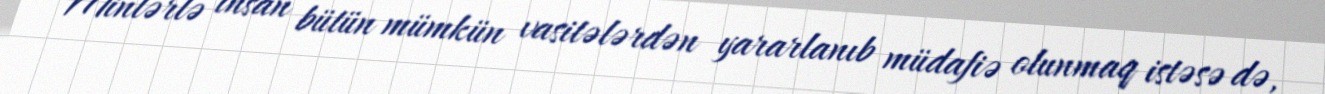
Minlərlə insan bütün mümkün vasitələrdən yararlanıb müdafiə olunmaq istəsə də,